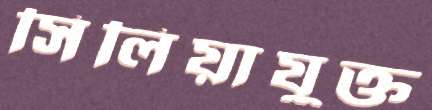
সিলিয়াযুক্ত